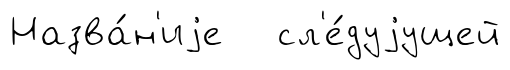
Назва́н'иjе сл'е́дуjущей